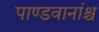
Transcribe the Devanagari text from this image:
पाण्डवानांश्च